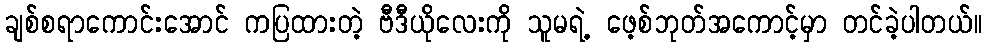
ချစ်စရာကောင်းအောင် ကပြထားတဲ့ ဗီဒီယိုလေးကို သူမရဲ့ ဖေ့စ်ဘုတ်အကောင့်မှာ တင်ခဲ့ပါတယ်။